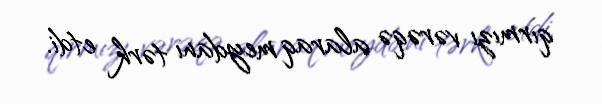
qırmızı vərəqə alaraq meydanı tərk etdi.